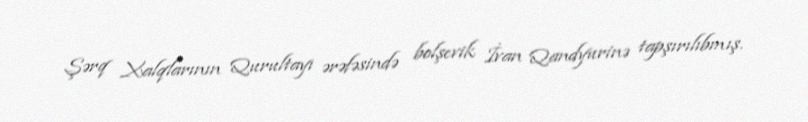
Şərq Xalqlarının Qurultayı ərəfəsində bolşevik İvan Qandyurinə tapşırılıbmış.